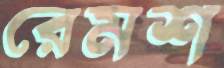
রেমশ